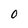
Character: 0